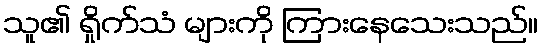
သူ၏ ရှိုက်သံ များကို ကြားနေသေးသည်။